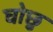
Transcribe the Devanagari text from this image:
घोछु